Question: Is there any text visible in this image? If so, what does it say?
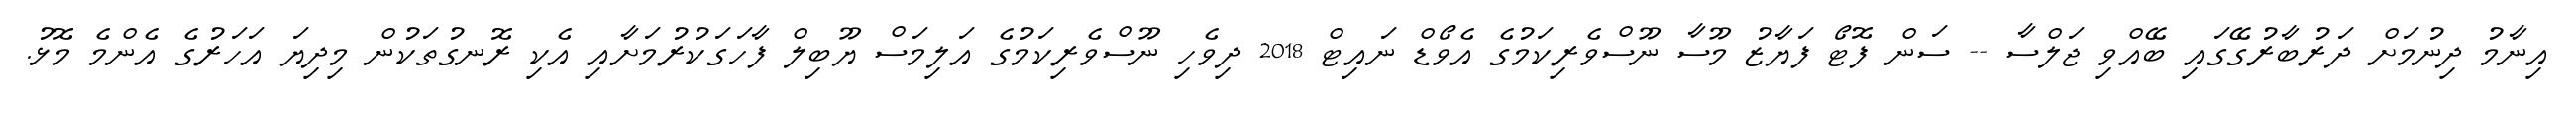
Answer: އިނާމު ދިނުމަށް ދަރުބާރުގޭގައި ބޭއްވި ޖަލްސާ -- ސަން ފޮޓޯ ފަޔާޒު މޫސާ ނޫސްވެރިކަމުގެ އެވޯޑް ނައިޓް 2018 ދިވެހި ނޫސްވެރިކަމުގެ އަލިމަސް ޔޫބިލް ފާހަގަކުރުމަށާއި އެކި ރޮނގުތަކުން މިދިޔަ އަހަރުގެ އެންމެ މޮޅު.